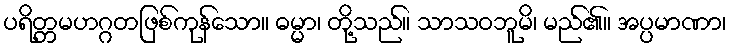
ပရိတ္တမဟဂ္ဂတဖြစ်ကုန်သော။ ဓမ္မာ၊ တို့သည်။ သာသဝဘူမိ၊ မည်၏။ အပ္ပမာဏာ၊